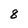
Character: 8